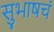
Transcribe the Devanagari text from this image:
सुभाषचं